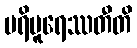
ပရိပူရေဿတီတိ